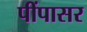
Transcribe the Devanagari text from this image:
पींपासर